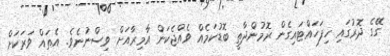
ގޭގެ ދޮރުގައި ހިފަހައްޓައިގެން ރޮމުންދާތީ ބޮޑުކަމެއް ވެއްޖެކަން އާމިރާއަށް ވިސްނުނެވެ. އެތައް ވަރަކަށް